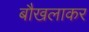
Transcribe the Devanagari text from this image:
बौखलाकर